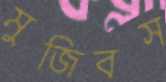
মুজিবস